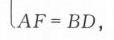
\(AF = BD\)